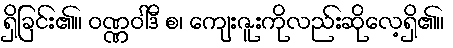
ရှိခြင်း၏။ ဝဏ္ဏဝါဒီ စ၊ ကျေးဇူးကိုလည်းဆိုလေ့ရှိ၏။